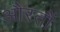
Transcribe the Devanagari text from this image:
औरतौं